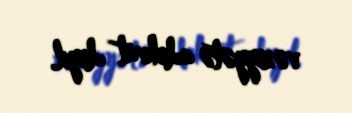
vəziyyətə adekvat deyil.